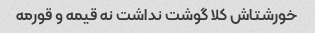
خورشتاش کلا گوشت نداشت نه قیمه و قورمه